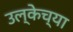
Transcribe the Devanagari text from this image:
उल्केच्या